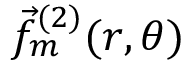
\vec { f } _ { m } ^ { ( 2 ) } ( r , \theta )